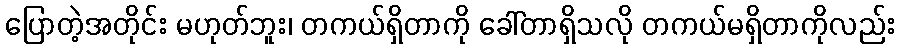
ပြောတဲ့အတိုင်း မဟုတ်ဘူး၊ တကယ်ရှိတာကို ခေါ်တာရှိသလို တကယ်မရှိတာကိုလည်း